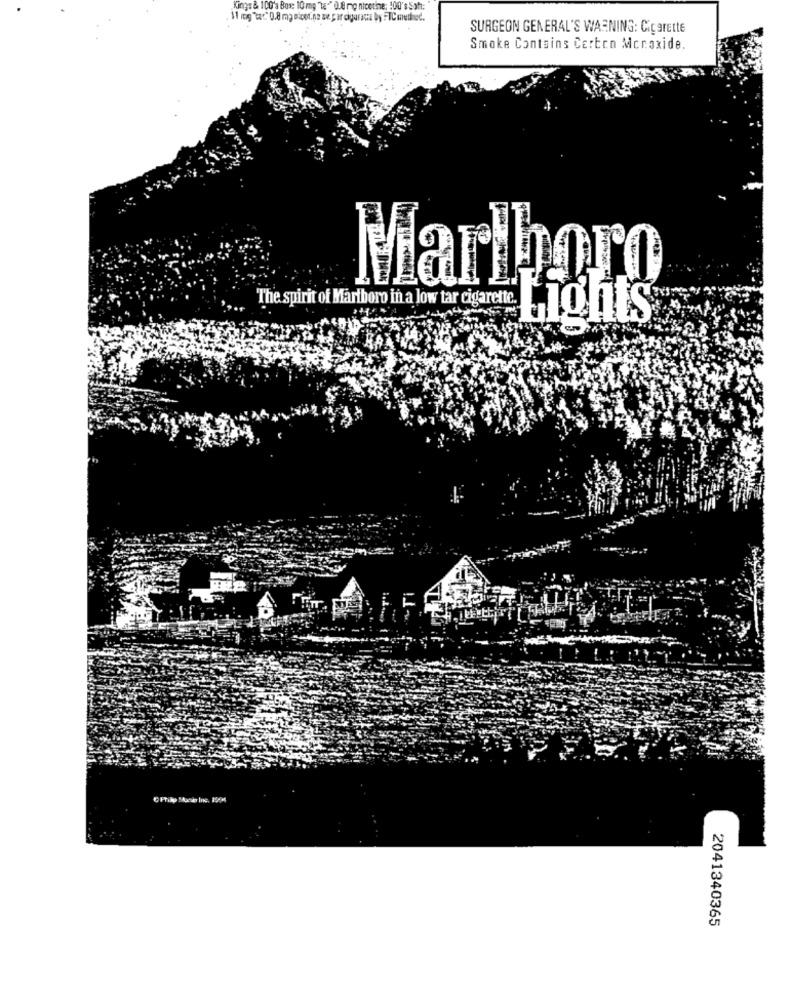
Kings & 100's Box: 10 mg Te" 0.8 mg nicetime: 100's Satt:
SURGEON GENERAL'S WARNING: CigarEtte
Smoke Contains Certen Mcraxide.
Marlboro
The spirit of Martboro in a low tar cigarette.
Lights
2041340365